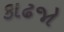
કાઢજો